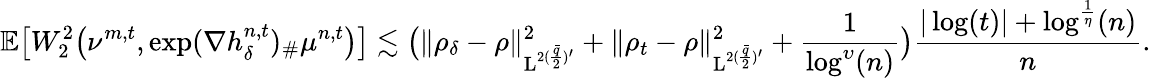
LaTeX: \mathbb{E}\big[W_{2}^{2}\big(\nu^{m,t},\exp(\nabla h_{\delta}^{n,t})_{\# }\mu^{n,t}\big)\big]\lesssim\big(\| \rho_{\delta}-\rho\| _{\mathrm{L}^{2(\frac{\bar{q}}{2})^{\prime}}}^{2}+\| \rho_{t}-\rho\| _{\mathrm{L}^{2(\frac{\bar{q}}{2})^{\prime}}}^{2}+\frac{1}{\log^{\upsilon}(n)}\big)\frac{\vert\log(t)\vert+\log^{\frac{1}{\eta}}(n)}{n}.